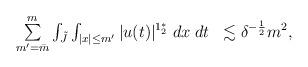
LaTeX: \begin{align*}\begin{array}{ll}\sum \limits_{m' = \bar{m}}^{m} \int_{\tilde{J}} \int_{|x| \leq m'} |u(t)|^{1_{2}^{*}} \; dx \; dt & \lesssim \delta^{-\frac{1}{2}} m^{2} ,\end{array}\end{align*}